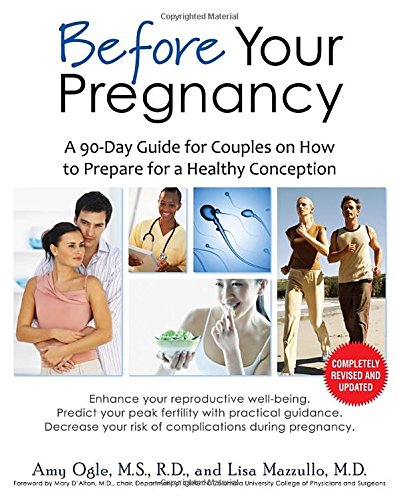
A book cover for Before Your Pregnancy: A 90-Day Guide for Couples on How to Prepare for a Healthy Conception (2nd Ed.); Amy Ogle; Medical Books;